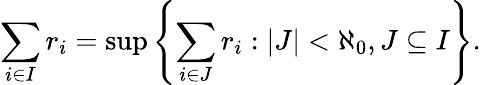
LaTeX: \sum_{i\in I}r_{i}=\operatorname*{sup}\left\lbrace\sum_{i\in J}r_{i}:|J|<\aleph_{0},J\subseteq I\right\rbrace.